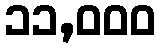
၁၁,၀၀၀